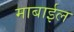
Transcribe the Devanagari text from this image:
माबाईल